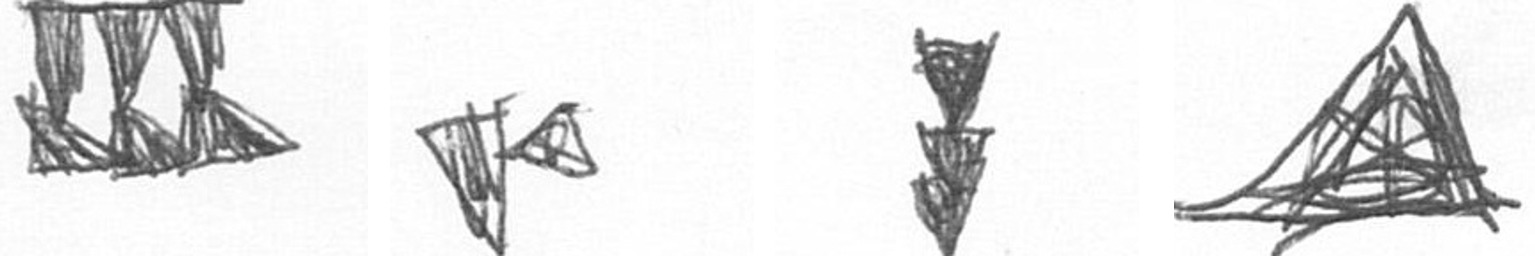
D F E O